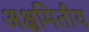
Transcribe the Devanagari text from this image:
अक्षमितीय